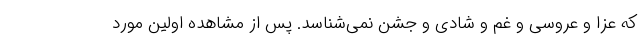
که عزا و عروسی و غم و شادی و جشن نمی‌شناسد. پس از مشاهده اولین مورد